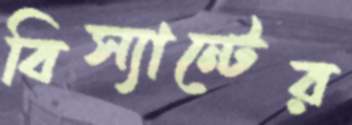
বিস্যান্টের